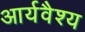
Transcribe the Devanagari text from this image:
आर्यवैश्‍य